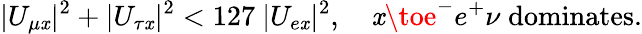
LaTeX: |U_{\mu\mathit{x}}|^{2}+|U_{\tau\mathit{x}}|^{2}<127\ |U_{e\mathit{x}}|^{2},\quad\mathit{x}\toe^{-}e^{+}\nu\; \mathrm{{dominates}}.